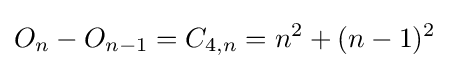
O_{n}-O_{n-1}=C_{4,n}=n^{2}+(n-1)^{2}